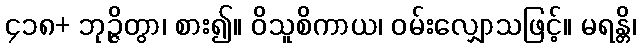
၄၁၈+ ဘုဉ္ဇိတွာ၊ စား၍။ ဝိသူစိကာယ၊ ဝမ်းလျှောသဖြင့်။ မရန္တိ၊